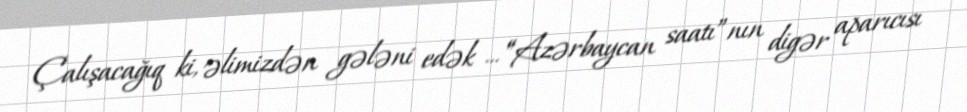
Çalışacağıq ki, əlimizdən gələni edək ..."“Azərbaycan saatı”nın digər aparıcısı